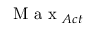
\mathrm { ~ M ~ a ~ x ~ } _ { A c t }